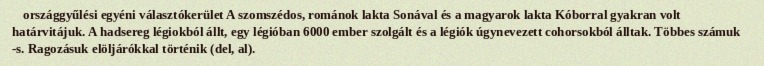
országgyűlési egyéni választókerület A szomszédos, románok lakta Sonával és a magyarok lakta Kóborral gyakran volt határvitájuk. A hadsereg légiokból állt, egy légióban 6000 ember szolgált és a légiók úgynevezett cohorsokból álltak. Többes számuk -s. Ragozásuk elöljárókkal történik (del, al).